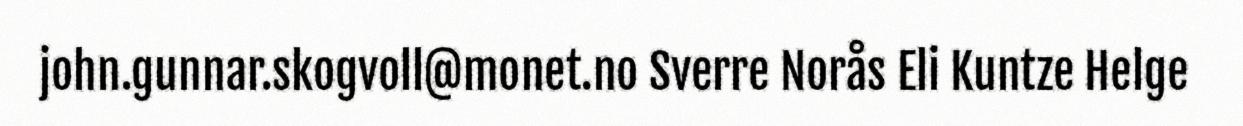
john.gunnar.skogvoll@monet.no Sverre Norås Eli Kuntze Helge